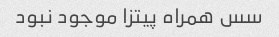
سس همراه پیتزا موجود نبود